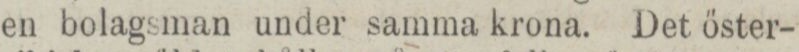
en bolagsman under samma krona. Det öster-